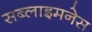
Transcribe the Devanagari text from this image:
सब्लाइमनेस